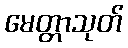
မေတ္တာသုတ်